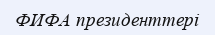
ФИФА президенттері